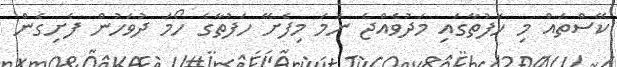
ކޭސްތައް މި ހަފުތާގައި މަދުވެއްޖެ ނަމަ މިފެށޭ ހަފުތާގެ ހޯމަ ދުވަހުން ފެށިގެން